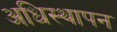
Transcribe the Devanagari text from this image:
अधिस्थापन